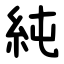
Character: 純